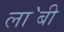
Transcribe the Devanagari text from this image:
ला॓बी